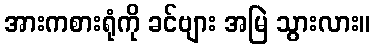
အားကစားရုံကို ခင်ဗျား အမြဲ သွားလား။